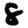
Digit: 8